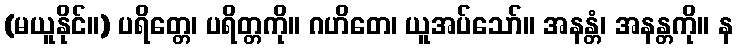
(မယူနိုင်။) ပရိတ္တေ၊ ပရိတ္တကို။ ဂဟိတေ၊ ယူအပ်သော်။ အနန္တံ၊ အနန္တကို။ န